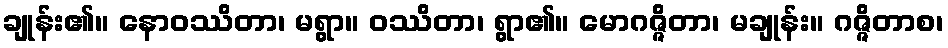
ချုန်း၏။ နောဝဿိတာ၊ မရွာ။ ဝဿိတာ၊ ရွာ၏။ မောဂဇ္ဇိတာ၊ မချုန်း။ ဂဇ္ဇိတာစ၊